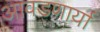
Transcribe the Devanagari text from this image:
आवडणार्या